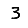
Digit: 3